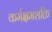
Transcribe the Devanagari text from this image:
कर्मक्षमशक्ति